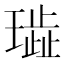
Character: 𰢐